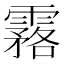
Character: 𩅗